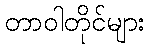
တာဝါတိုင်များ